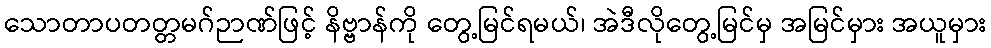
သောတာပတတ္တမဂ်ဉာဏ်ဖြင့် နိဗ္ဗာန်ကို တွေ့မြင်ရမယ်၊ အဲဒီလိုတွေ့မြင်မှ အမြင်မှား အယူမှား